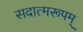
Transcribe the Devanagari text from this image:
सदात्मरूपम्